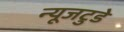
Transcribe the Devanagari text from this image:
न्यूजटुडे